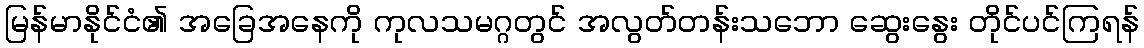
မြန်မာနိုင်ငံ၏ အခြေအနေကို ကုလသမဂ္ဂတွင် အလွတ်တန်းသဘော ဆွေးနွေး တိုင်ပင်ကြရန်